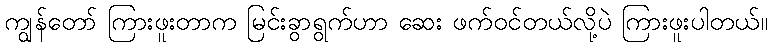
ကျွန်တော် ကြားဖူးတာက မြင်းခွာရွက်ဟာ ဆေး ဖက်ဝင်တယ်လို့ပဲ ကြားဖူးပါတယ်။